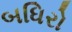
બધિરો